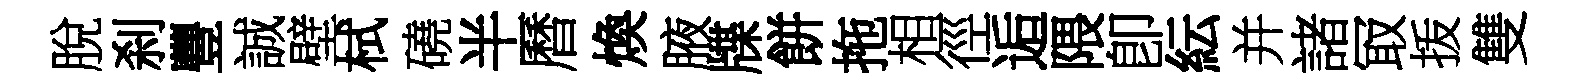
脫刹豐誠壁栻磽半曆煥腋牒餅拖相徑逅隈卽紜并諸冣㧞雙